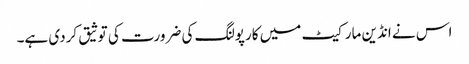
اس نے انڈین مارکیٹ میں کارپولنگ کی ضرورت کی توثیق کردی ہے۔